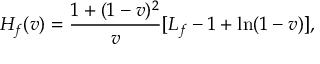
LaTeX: H _ { f } ( v ) = \frac { 1 + ( 1 - v ) ^ { 2 } } { v } [ L _ { f } - 1 + \ln ( 1 - v ) ] ,